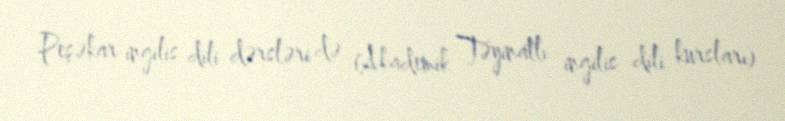
Peşəkar ingilis dili dərsləri də (Akademik Təyinatlı ingilis dili kursları)